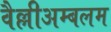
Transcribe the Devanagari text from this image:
वैल्लीअम्बलम